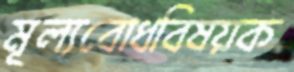
মূল্যবোধবিষয়ক